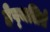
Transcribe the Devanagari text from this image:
हेप्थलिते